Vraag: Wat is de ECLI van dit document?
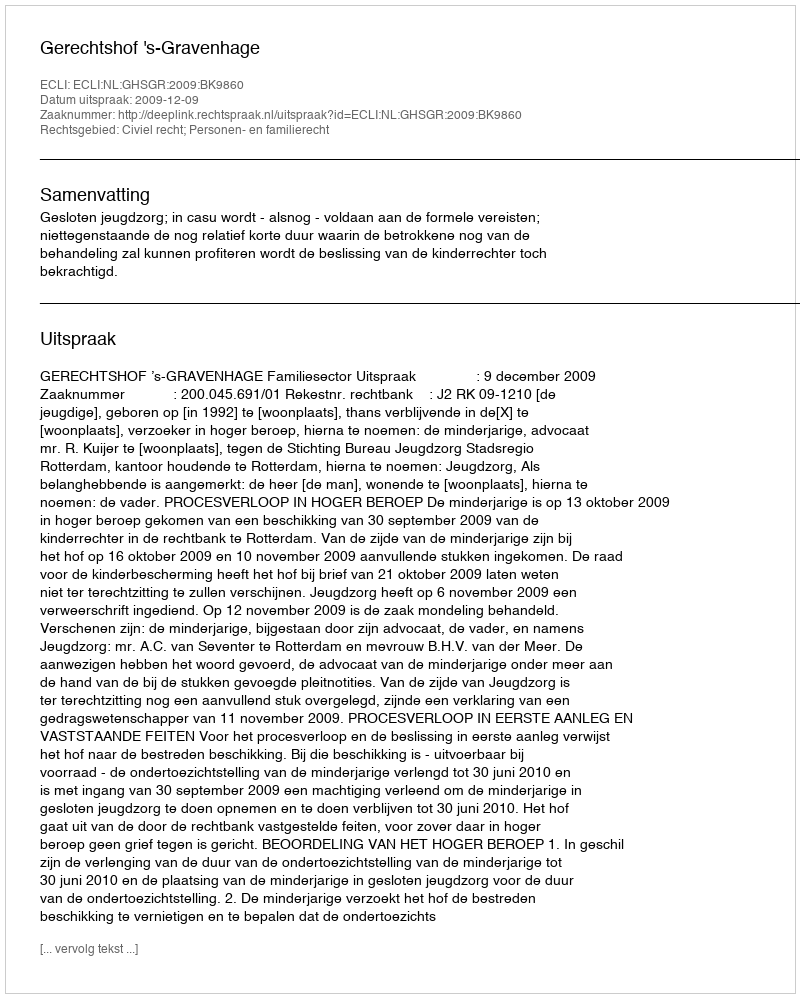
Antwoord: ECLI:NL:GHSGR:2009:BK9860